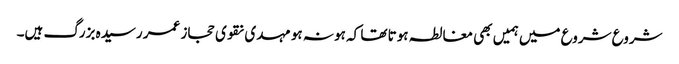
شروع شروع میں ہمیں بھی مغالطہ ہوتا تھا کہ ہو نہ ہو مہدی نقوی حجاز عمر رسیدہ بزرگ ہیں۔